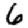
Digit: 6